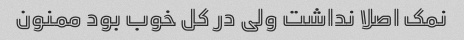
نمک اصلا نداشت ولی در کل خوب بود ممنون